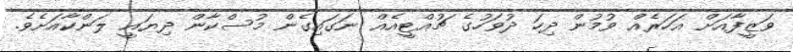
ވަޒީފާއަށް އަހަރެއް ވުމުން ދިހަ ދުވަހުގެ ޗުއްޓީއެއް ނަގައިގެން މުސްކާން ދިޔައީ ލަންކާއަށެވެ.